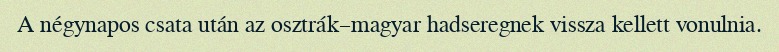
A négynapos csata után az osztrák–magyar hadseregnek vissza kellett vonulnia.